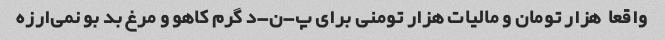
واقعا  هزار تومان و مالیات هزار تومنی برای پ-ن-د گرم کاهو و مرغ بد بو نمی‌ارزه